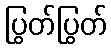
ပြွတ်ပြွတ်